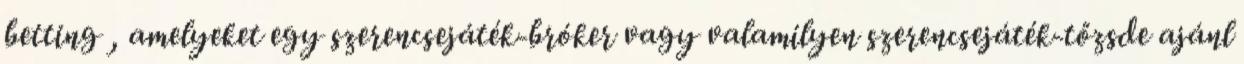
betting , amelyeket egy szerencsejáték-bróker vagy valamilyen szerencsejáték-tőzsde ajánl